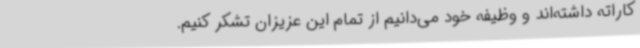
کاراته داشته‌اند و وظیفه خود می‌دانیم از تمام این عزیزان تشکر کنیم.